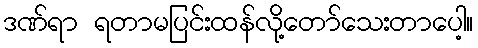
ဒဏ်ရာ ရတာမပြင်းထန်လို့တော်သေးတာပေါ့။